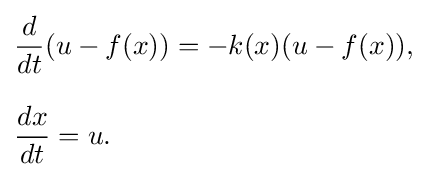
{\begin{aligned}&{\frac {d}{dt}}(u-f(x))=-k(x)(u-f(x)),\\[8pt]&{\frac {dx}{dt}}=u.\end{aligned}}